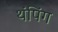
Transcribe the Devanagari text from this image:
थंपिंग